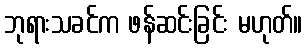
ဘုရားသခင်က ဖန်ဆင်းခြင်း မဟုတ်။